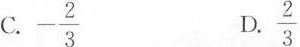
C.-\frac{2}{3} D.\frac{2}{3}